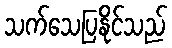
သက်သေပြနိုင်သည်